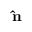
\mathbf { \hat { n } }